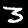
Label: 3